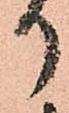
り